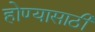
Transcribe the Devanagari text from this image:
होण्‍यासाठी